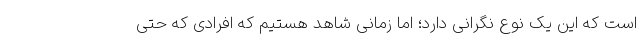
است که این یک نوع نگرانی دارد؛ اما زمانی شاهد هستیم که افرادی که حتی